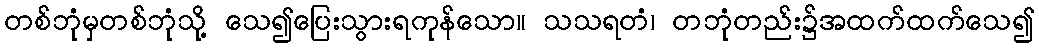
တစ်ဘုံမှတစ်ဘုံသို့ သေ၍ပြေးသွားရကုန်သော။ သသရတံ၊ တဘုံတည်း၌အထက်ထက်သေ၍